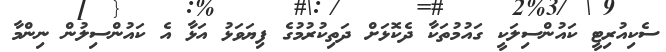
ސެކިއުރިޓީ ކައުންސިލަކީ ގައުމުތަކާ ދެކޮޅަށް ދަތިކުރުމުގެ ފިޔަވަޅު އަޅާ އެ ކައުންސިލުން ނިންމާ